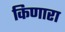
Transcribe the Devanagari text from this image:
किणारा